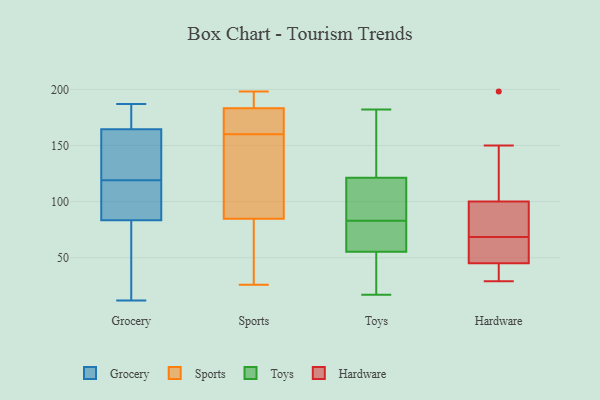
{"axis": {"x": "Page Views", "y": "Value"}, "legend": ["Grocery", "Hardware", "Sports", "Toys"], "data": [{"x": "", "y": 169, "type": "Grocery"}, {"x": "", "y": 78, "type": "Grocery"}, {"x": "", "y": 12, "type": "Grocery"}, {"x": "", "y": 134, "type": "Grocery"}, {"x": "", "y": 89, "type": "Grocery"}, {"x": "", "y": 149, "type": "Grocery"}, {"x": "", "y": 96, "type": "Grocery"}, {"x": "", "y": 164, "type": "Grocery"}, {"x": "", "y": 104, "type": "Grocery"}, {"x": "", "y": 165, "type": "Grocery"}, {"x": "", "y": 174, "type": "Grocery"}, {"x": "", "y": 139, "type": "Grocery"}, {"x": "", "y": 187, "type": "Grocery"}, {"x": "", "y": 91, "type": "Grocery"}, {"x": "", "y": 25, "type": "Grocery"}, {"x": "", "y": 99, "type": "Grocery"}, {"x": "", "y": 31, "type": "Grocery"}, {"x": "", "y": 159, "type": "Grocery"}, {"x": "", "y": 63, "type": "Grocery"}, {"x": "", "y": 173, "type": "Grocery"}, {"x": "", "y": 132, "type": "Sports"}, {"x": "", "y": 189, "type": "Sports"}, {"x": "", "y": 36, "type": "Sports"}, {"x": "", "y": 26, "type": "Sports"}, {"x": "", "y": 198, "type": "Sports"}, {"x": "", "y": 160, "type": "Sports"}, {"x": "", "y": 180, "type": "Sports"}, {"x": "", "y": 93, "type": "Sports"}, {"x": "", "y": 82, "type": "Sports"}, {"x": "", "y": 184, "type": "Sports"}, {"x": "", "y": 181, "type": "Sports"}, {"x": "", "y": 124, "type": "Toys"}, {"x": "", "y": 39, "type": "Toys"}, {"x": "", "y": 146, "type": "Toys"}, {"x": "", "y": 21, "type": "Toys"}, {"x": "", "y": 182, "type": "Toys"}, {"x": "", "y": 73, "type": "Toys"}, {"x": "", "y": 180, "type": "Toys"}, {"x": "", "y": 84, "type": "Toys"}, {"x": "", "y": 17, "type": "Toys"}, {"x": "", "y": 62, "type": "Toys"}, {"x": "", "y": 109, "type": "Toys"}, {"x": "", "y": 65, "type": "Toys"}, {"x": "", "y": 113, "type": "Toys"}, {"x": "", "y": 83, "type": "Toys"}, {"x": "", "y": 53, "type": "Toys"}, {"x": "", "y": 81, "type": "Hardware"}, {"x": "", "y": 150, "type": "Hardware"}, {"x": "", "y": 60, "type": "Hardware"}, {"x": "", "y": 45, "type": "Hardware"}, {"x": "", "y": 198, "type": "Hardware"}, {"x": "", "y": 44, "type": "Hardware"}, {"x": "", "y": 60, "type": "Hardware"}, {"x": "", "y": 100, "type": "Hardware"}, {"x": "", "y": 77, "type": "Hardware"}, {"x": "", "y": 29, "type": "Hardware"}]}